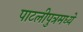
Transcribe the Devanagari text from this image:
पाटलीपुत्रमध्ये